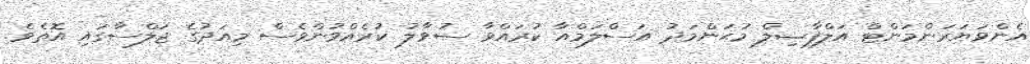
އެންވަޔަރަންމަންޓް އަލްފާޟިލް މުޙަންމަދު އަސްލަމްއާ ކުރައްވާ ސުވާލު ކުރެއްވުންވެސް މިއަދުގެ ޖަލްސާގައި އޮތެވެ.